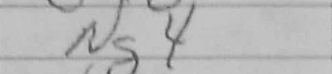
Transcription: Ng4